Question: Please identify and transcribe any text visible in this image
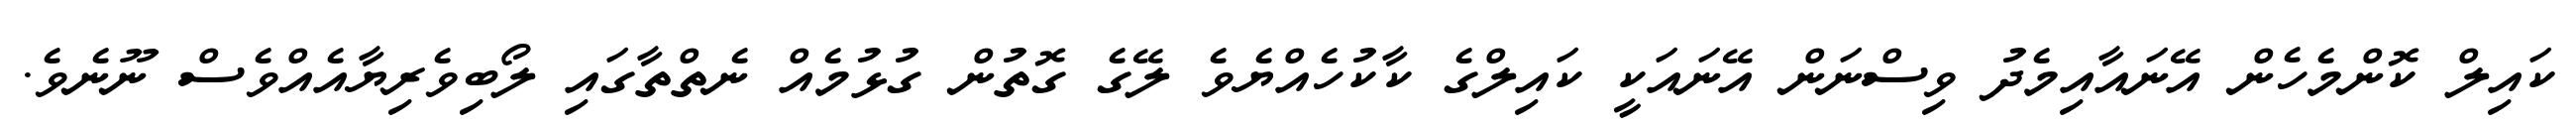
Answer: ކައިލް ކޮންމެހެން އޭނައާއިމެދު ވިސްނަން އޭނައަކީ ކައިލްގެ ކާކުހެއްޔެވެ ލޭގެ ގޮތުން ގުޅުމެއް ނެތްތާގައި ލޯބިވެރިޔާއެއްވެސް ނޫނެވެ.